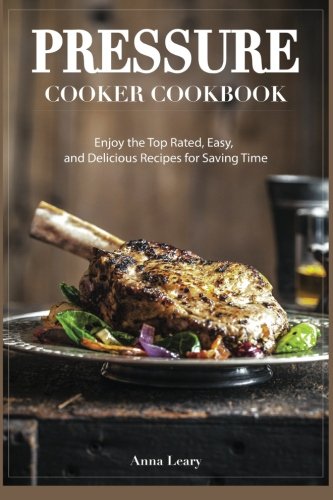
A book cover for Pressure Cooker Cookbook: Enjoy the Top Rated, Easy, and Delicious Recipes for Saving Time; Anna Leary; Cookbooks, Food & Wine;